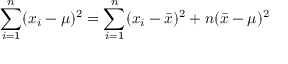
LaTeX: \sum _ { i = 1 } ^ { n } ( x _ { i } - \mu ) ^ { 2 } = \sum _ { i = 1 } ^ { n } ( x _ { i } - { \bar { x } } ) ^ { 2 } + n ( { \bar { x } } - \mu ) ^ { 2 }